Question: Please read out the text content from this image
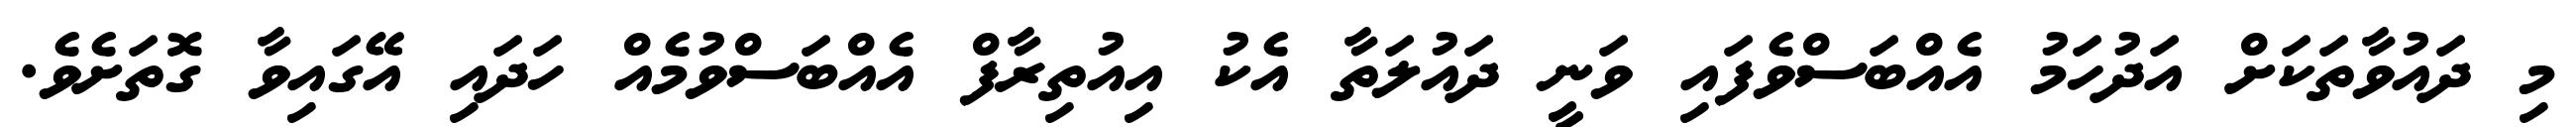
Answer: މި ދައުވާތަކަށް އަދުހަމު އެއްބަސްވެފައި ވަނީ ދައުލަތާ އެކު އިއުތިރާފް އެއްބަސްވުމެއް ހަދައި އޭގައިވާ ގޮތަށެވެ.